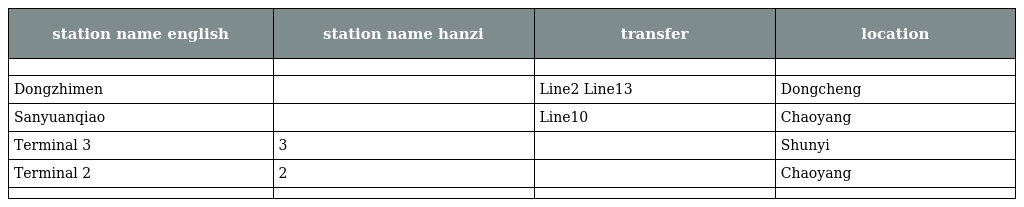
| station name english | station name hanzi | transfer | location |
 | --- | --- | --- | --- |
 |  |  |  |  |
 | Dongzhimen | 东直门 | Line2 Line13 | Dongcheng |
 | Sanyuanqiao | 三元桥 | Line10 | Chaoyang |
 | Terminal 3 | 3号航站楼 |  | Shunyi |
 | Terminal 2 | 2号航站楼 |  | Chaoyang |
 |  |  |  |  |